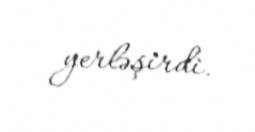
yerləşirdi.